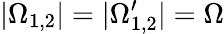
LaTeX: |\Omega_{1,2}|=|\Omega_{1,2}^{\prime}|=\Omega